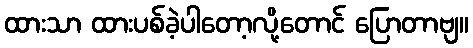
ထားသာ ထားပစ်ခဲ့ပါတော့လို့တောင် ပြောတာဗျ။